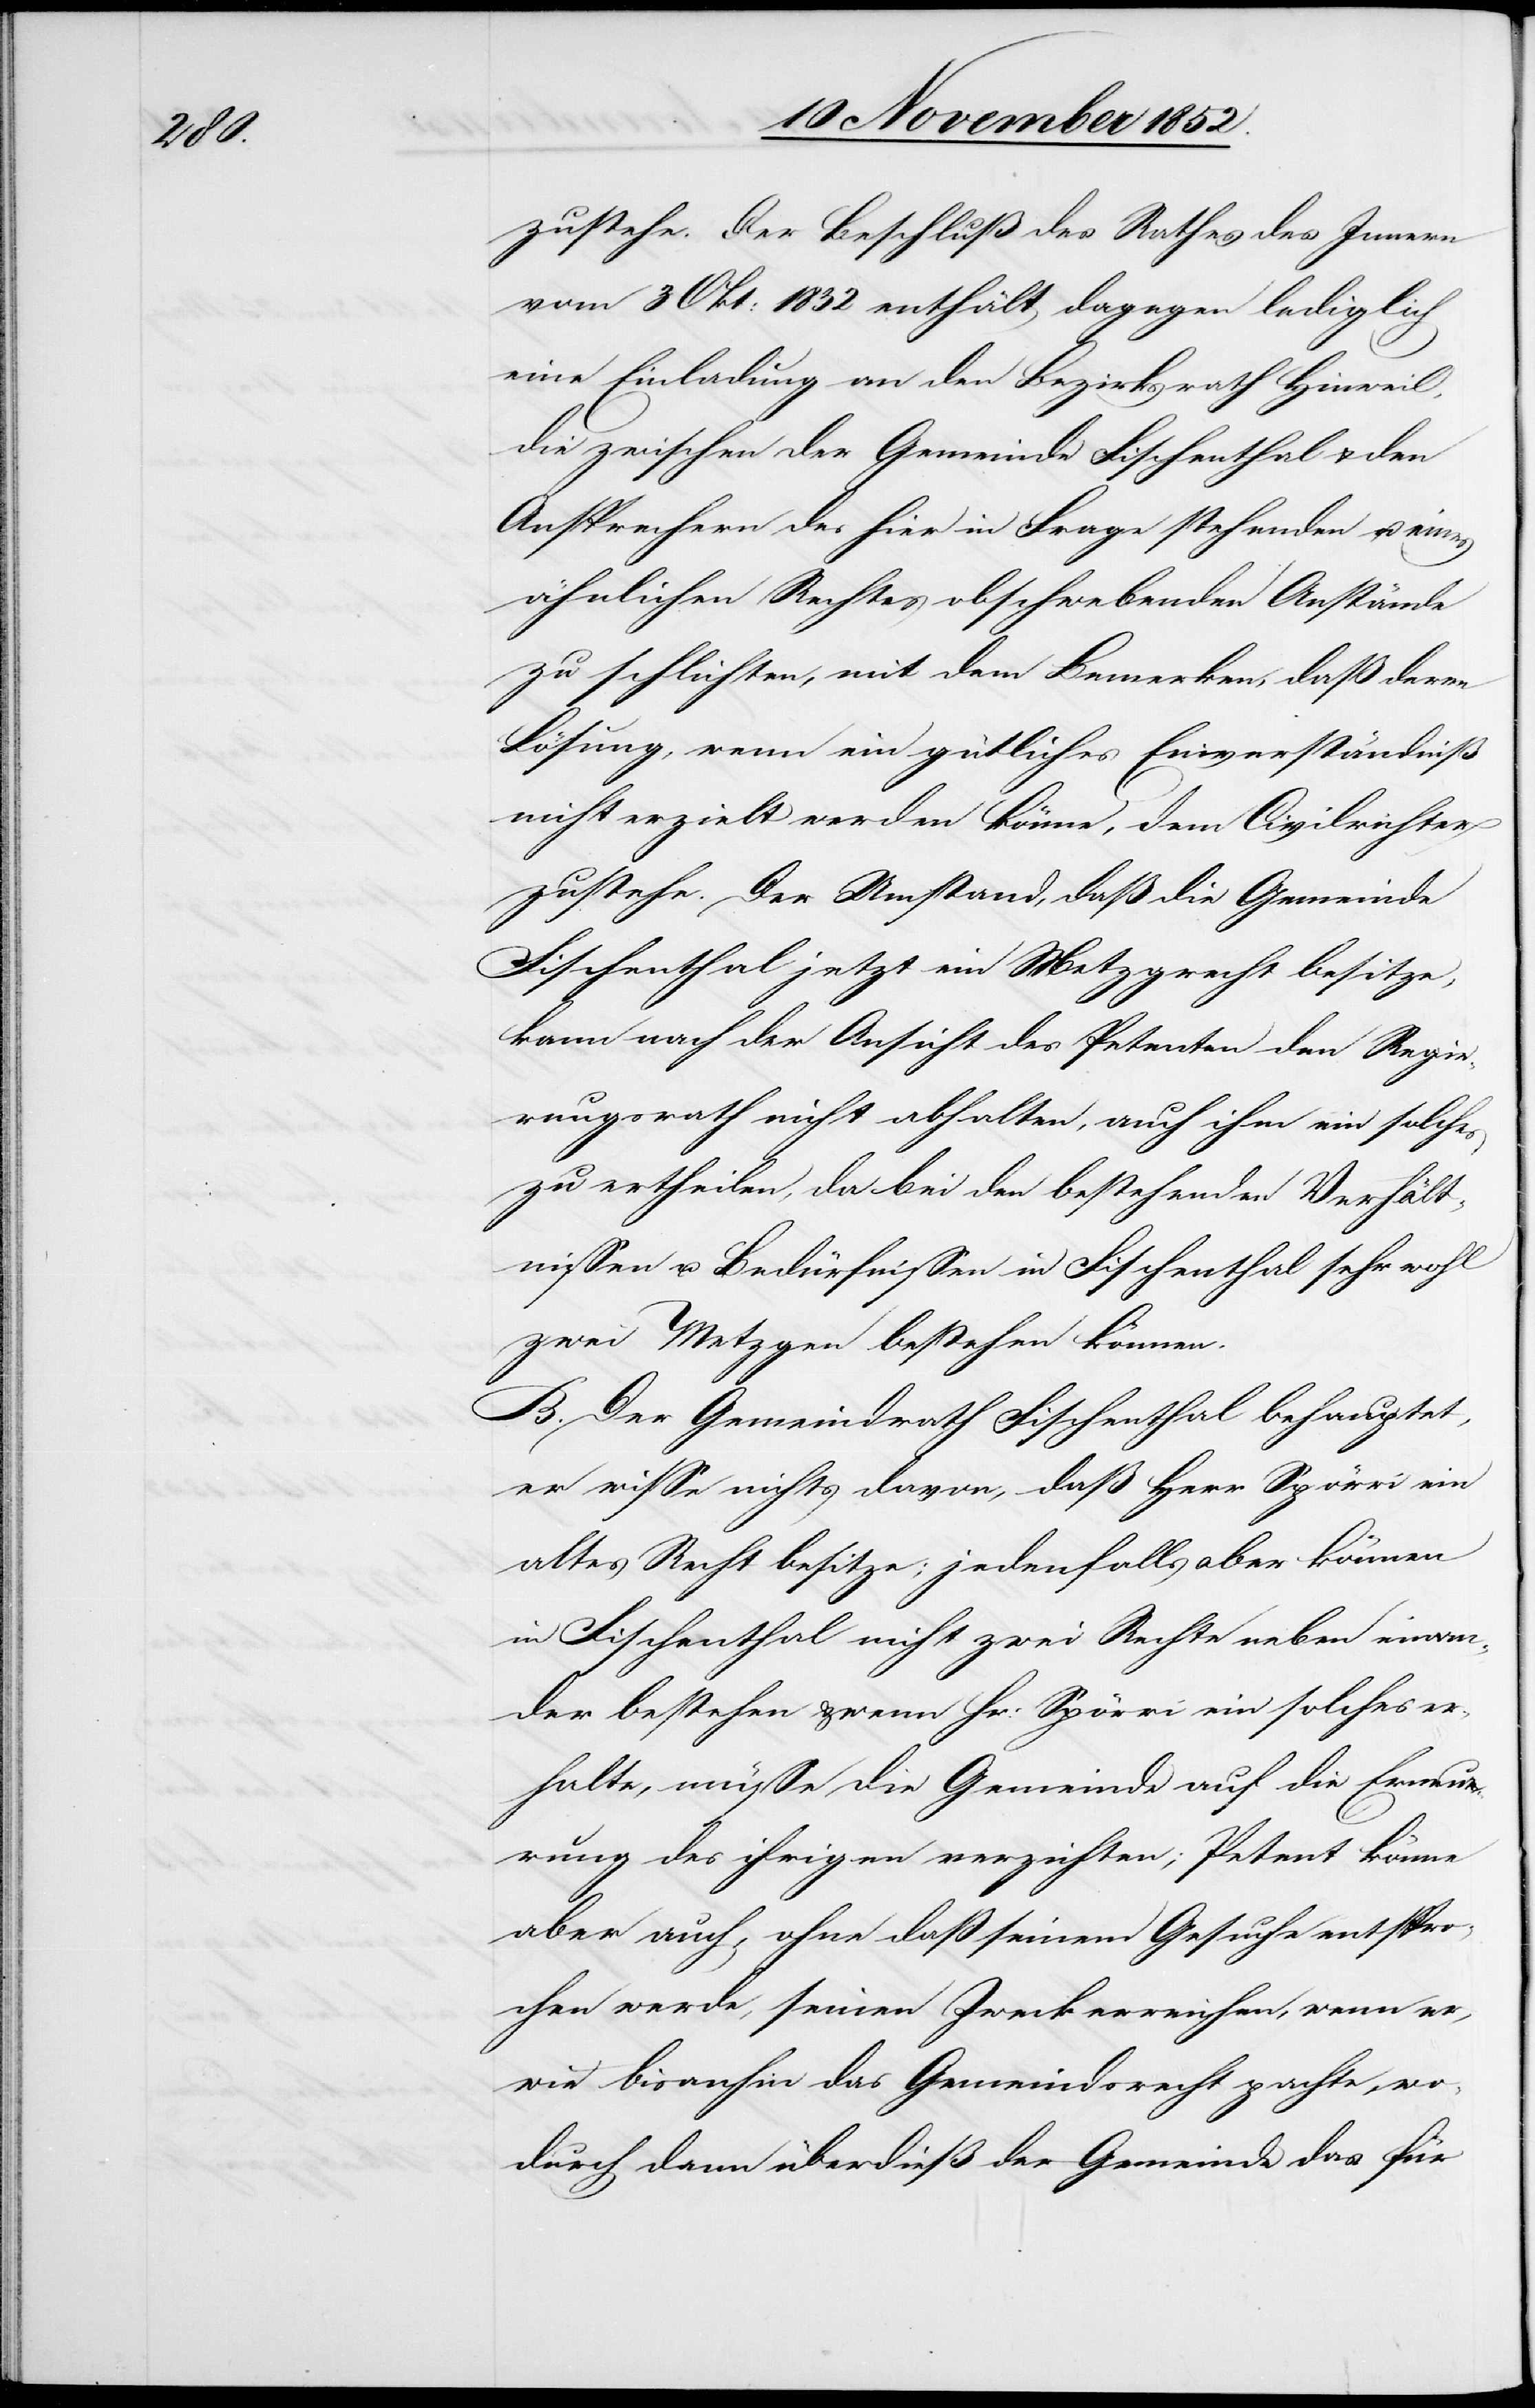
zustehe. Der Beschluß des Rathes des Innern
vom 3 Okt: 1832 enthält dagegen lediglich
eine Einladung an den Bezirksrath Hinweil,
die zwischen der Gemeinde Fischenthal & den
Ansprechern des hier in Frage stehenden u. eines
ähnlichen Rechtes obschwebenden Anstände
zu schlichten, mit dem Bemerken, daß deren
Lösung, wenn ein gütliches Einverständniß
nicht erzielt werden könne, dem Civilrichter
zustehe. Der Umstand, daß die Gemeinde
Fischenthal jetzt ein Metzgrecht besitze,
kann nach der Ansicht des Petenten den Regie¬
rungsrath nicht abhalten, auch ihm ein solches
zu ertheilen, da bei den bestehenden Verhält¬
nissen u. Bedürfnissen in Fischenthal sehr wohl
zwei Metzgen bestehen können.
B. Der Gemeindrath Fischenthal behauptet,
er wisse nichts davon, daß Herr Spörri ein
altes Recht besitze; jedenfalls aber können
in Fischenthal nicht zwei Rechte neben einan¬
der bestehen & wenn Hr: Spörri ein solches er¬
halte, müsse die Gemeinde auf die Erneue¬
rung des ihrigen verzichten; Petent könne
aber auch, ohne daß seinem Gesuche entspro¬
chen werde, seinen Zweck erreichen, wenn er,
wie bisanhin das Gemeindsrecht pachte, wo¬
durch dann überdieß der Gemeinde das für